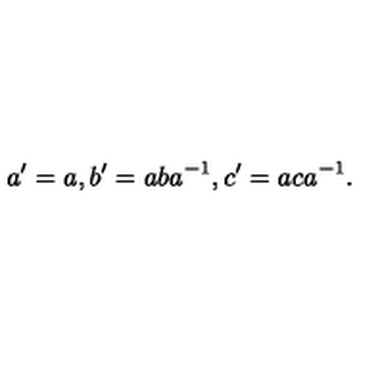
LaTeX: a ^ { \prime } = a , b ^ { \prime } = a b a ^ { - 1 } , c ^ { \prime } = a c a ^ { - 1 } .